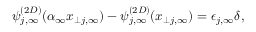
\psi _ { j , \infty } ^ { ( 2 D ) } ( \alpha _ { \infty } x _ { \perp j , \infty } ) - \psi _ { j , \infty } ^ { ( 2 D ) } ( x _ { \perp j , \infty } ) = \epsilon _ { j , \infty } \delta ,